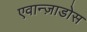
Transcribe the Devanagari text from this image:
एवान्ज़ाडोस